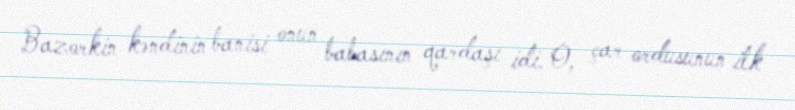
Bazorkin kəndinin banisi onun babasının qardaşı idi. O, çar ordusunun ilk